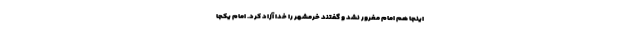
اینجا هم امام مغرور نشد و گفتند خرمشهر را خدا آزاد کرد. امام یکجا